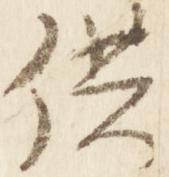
供